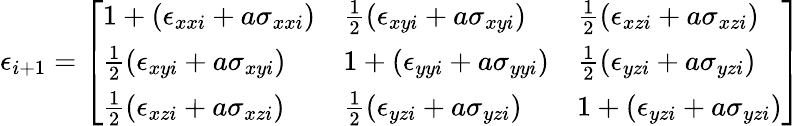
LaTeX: \epsilon_{i+1}=\left[\begin{array}{lll}{1+(\epsilon_{xxi}+a\sigma_{xxi})}&{\frac{1}{2}(\epsilon_{xyi}+a\sigma_{xyi})}&{\frac{1}{2}(\epsilon_{xzi}+a\sigma_{xzi})}\\ {\frac{1}{2}(\epsilon_{xyi}+a\sigma_{xyi})}&{1+(\epsilon_{yyi}+a\sigma_{yyi})}&{\frac{1}{2}(\epsilon_{yzi}+a\sigma_{yzi})}\\ {\frac{1}{2}(\epsilon_{xzi}+a\sigma_{xzi})}&{\frac{1}{2}(\epsilon_{yzi}+a\sigma_{yzi})}&{1+(\epsilon_{yzi}+a\sigma_{yzi})}\end{array}\right]